Reports on military cantonments and civil stations in the Presidency of Bombay inspected by the Sanitary Commissioner in the years 1875 and 1876
Year: 1875
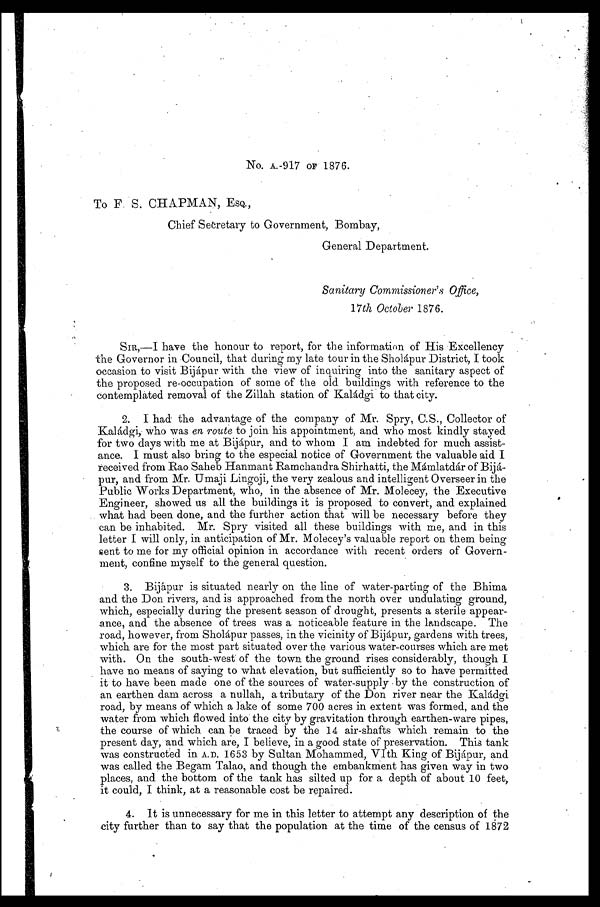
No. A.-917 OF 1876.
To F. S. CHAPMAN, ESQ.,
Chief Secretary to Government, Bombay,
General Department.
Sanitary Commissioner's Office,
17th October 1876.
SIR,—I have the honour to report, for the information of His Excellency
the Governor in Council, that during my late tour in the Sholápur District, I took
occasion to visit Bijápur with the view of inquiring into the sanitary aspect of
the proposed re-occupation of some of the old buildings with reference to the
contemplated removal of the Zillah station of Kaládgi to that city.
2. I had the advantage of the company of Mr. Spry, C.S., Collector of
Kaládgi, who was en route to join his appointment, and who most kindly stayed
for two days with me at Bijápur, and to whom I am indebted for much assist-
ance. I must also bring to the especial notice of Government the valuable aid I
received from Rao Saheb Hanmant Ramchandra Shirhatti, the Mámlatdár of Bijá-
pur, and from Mr. Umaji Lingoji, the very zealous and intelligent Overseer in the
Public Works Department, who, in the absence of Mr. Molecey, the Executive
Engineer, showed us all the buildings it is proposed to convert, and explained
what had been done, and the further action that will be necessary before they
can be inhabited. Mr. Spry visited all these buildings with me, and in this
letter I will only, in anticipation of Mr. Molecey's valuable report on them being
sent to me for my official opinion in accordance with recent orders of Govern-
ment, confine myself to the general question.
3. Bijápur is situated nearly on the line of water-parting of the Bhima
and the Don rivers, and is approached from the north over undulating ground,
which, especially during the present season of drought, presents a sterile appear-
ance, and the absence of trees was a noticeable feature in the landscape. The
road, however, from Sholápur passes, in the vicinity of Bijápur, gardens with trees,
which are for the most part situated over the various water-courses which are met
with. On the south-west of the town the ground rises considerably, though I
have no means of saying to what elevation, but sufficiently so to have permitted
it to have been made one of the sources of water-supply by the construction of
an earthen dam across a nullah, a tributary of the Don river near the Kaládgi
road, by means of which a lake of some 700 acres in extent was formed, and the
water from which flowed into the city by gravitation through earthen-ware pipes,
the course of which can be traced by the 14 air-shafts which remain to the
present day, and which are, I believe, in a good state of preservation. This tank
was constructed in A.D. 1653 by Sultan Mohammed, VIth King of Bijápur, and
was called the Begam Talao, and though the embankment has given way in two
places, and the bottom of the tank has silted up for a depth of about 10 feet,
it could, I think, at a reasonable cost be repaired.
4. It is unnecessary for me in this letter to attempt any description of the
city further than to say that the population at the time of the census of 1872